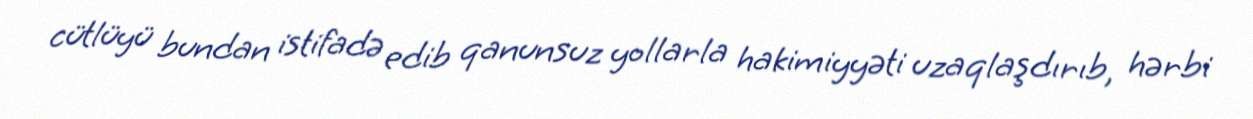
cütlüyü bundan istifadə edib qanunsuz yollarla hakimiyyəti uzaqlaşdırıb, hərbi